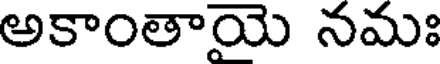
అకాంతాయె నమః